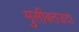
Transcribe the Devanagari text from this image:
मुसीबतजदा